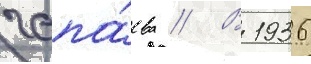
чапа́ева // В 1936